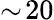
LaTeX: \sim\! 20